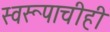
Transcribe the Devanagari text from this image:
स्वरूपाचीही